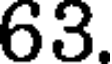
63.